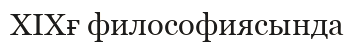
ХІХғ философиясында